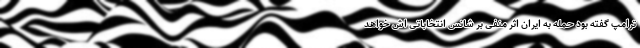
ترامپ گفته بود حمله به ایران اثر منفی بر شانس انتخاباتی اش خواهد